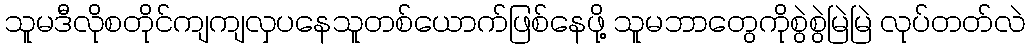
သူမဒီလိုစတိုင်ကျကျလှပနေသူတစ်ယောက်ဖြစ်နေဖို့ သူမဘာတွေကိုစွဲစွဲမြဲမြဲ လုပ်တတ်လဲ